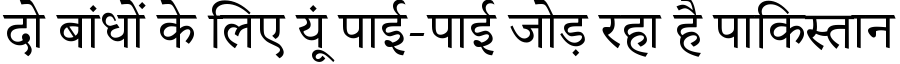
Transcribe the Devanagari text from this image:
दो बांधों के लिए यूं पाई-पाई जोड़ रहा है पाकिस्तान